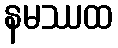
နမဿထ